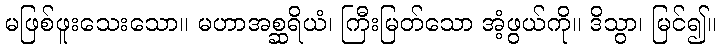
မဖြစ်ဖူးသေးသော။ မဟာအစ္ဆရိယံ၊ ကြီးမြတ်သော အံ့ဖွယ်ကို။ ဒိသွာ၊ မြင်၍။